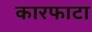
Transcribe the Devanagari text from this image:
कारफाटा